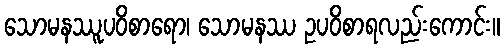
သောမနဿူပဝိစာရော၊ သောမနဿ ဥပဝိစာရလည်းကောင်း။